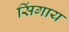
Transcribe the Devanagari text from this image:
सिंगाय